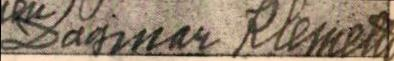
Dagmar Klemetti